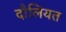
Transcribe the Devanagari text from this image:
दौलियत